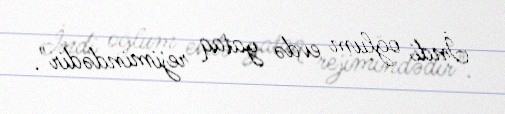
İndi oğlum evdə yataq rejimindədir".